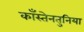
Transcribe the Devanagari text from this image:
काँस्तेनतुनिया